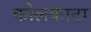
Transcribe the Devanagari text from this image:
कोलकाटा